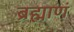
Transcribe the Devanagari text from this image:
ब्रह्माणं